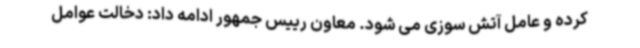
کرده و عامل آتش سوزی می شود. معاون رییس جمهور ادامه داد: دخالت عوامل